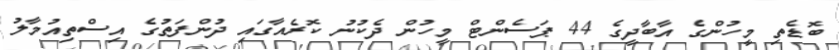
ބޮޑެތި މީހުންގެ އާބާދީގެ 44 ޕަސެންޓް މީހުން ދެކުނު ކޮރެއާގައި ދުންފަތުގެ އިސްތިއުމާލު